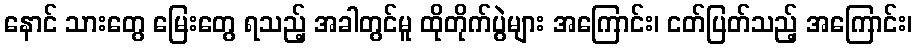
နောင် သားတွေ မြေးတွေ ရသည့် အခါတွင်မူ ထိုတိုက်ပွဲများ အကြောင်း၊ ငတ်ပြတ်သည့် အကြောင်း၊